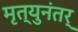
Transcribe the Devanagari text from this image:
मृत्युनंतर्